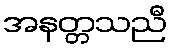
အနတ္တသညီ